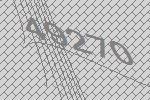
49270